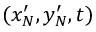
( x _ { N } ^ { \prime } , y _ { N } ^ { \prime } , t )